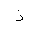
Letter: _thal